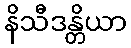
နိသီဒန္တိယာ